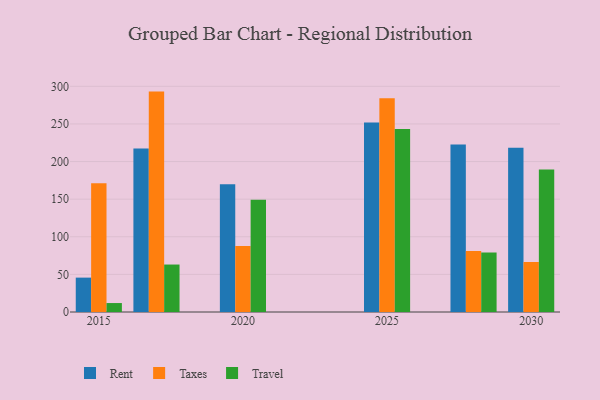
{"axis": {"x": "Year", "y": "Website Visitors"}, "legend": ["Rent", "Taxes", "Travel"], "data": [{"x": "2030", "y": 218.3, "type": "Rent"}, {"x": "2030", "y": 66.5, "type": "Taxes"}, {"x": "2030", "y": 189.5, "type": "Travel"}, {"x": "2020", "y": 169.9, "type": "Rent"}, {"x": "2020", "y": 87.9, "type": "Taxes"}, {"x": "2020", "y": 149.2, "type": "Travel"}, {"x": "2028", "y": 222.7, "type": "Rent"}, {"x": "2028", "y": 81.2, "type": "Taxes"}, {"x": "2028", "y": 79.1, "type": "Travel"}, {"x": "2017", "y": 217.2, "type": "Rent"}, {"x": "2017", "y": 293.0, "type": "Taxes"}, {"x": "2017", "y": 63.1, "type": "Travel"}, {"x": "2015", "y": 45.7, "type": "Rent"}, {"x": "2015", "y": 171.1, "type": "Taxes"}, {"x": "2015", "y": 11.9, "type": "Travel"}, {"x": "2025", "y": 252.0, "type": "Rent"}, {"x": "2025", "y": 284.2, "type": "Taxes"}, {"x": "2025", "y": 243.3, "type": "Travel"}]}